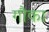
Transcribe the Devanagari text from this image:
गौका